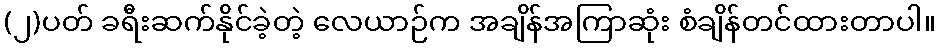
(၂)ပတ် ခရီးဆက်နိုင်ခဲ့တဲ့ လေယာဉ်က အချိန်အကြာဆုံး စံချိန်တင်ထားတာပါ။